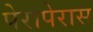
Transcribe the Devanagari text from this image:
पेरापेरास